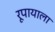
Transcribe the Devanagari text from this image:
रूपायाला